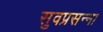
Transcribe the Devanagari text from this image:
सुवप्रसन्ना